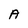
Character: A